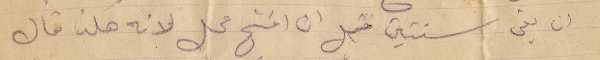
ان بقي سنتين قبل ان افتح محل لانه هكذا قال